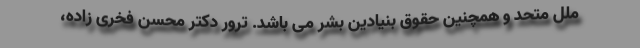
ملل متحد و همچنین حقوق بنیادین بشر می باشد. ترور دکتر محسن فخری زاده،